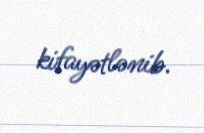
kifayətlənib.